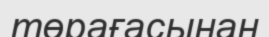
төрағасынан